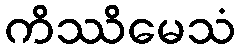
ကိဿိမေသံ